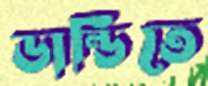
ডান্ডিতে